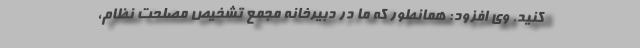
کنید. وی افزود: همانطور که ما در دبیرخانه مجمع تشخیص مصلحت نظام،